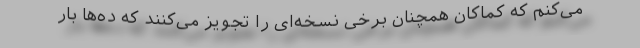
می‌کنم که کماکان همچنان برخی نسخه‌ای را تجویز می‌کنند که ده‌ها بار